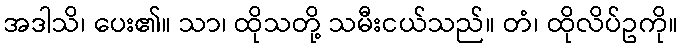
အဒါသိ၊ ပေး၏။ သာ၊ ထိုသတို့ သမီးငယ်သည်။ တံ၊ ထိုလိပ်ဥကို။